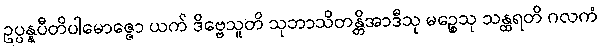
ဥပ္ပန္နပီတိပါမောဇ္ဇော ယက် ဒိဗ္ဗေသူတိ သုဘာသိတန္တိအာဒီသု မဉ္စေသု သန္ထရတိ ဂလကံ